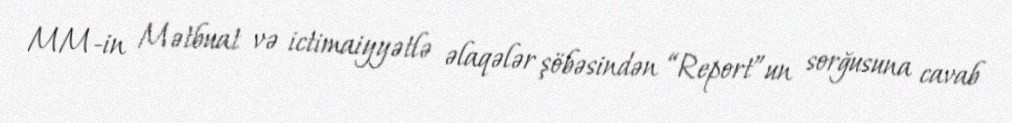
MM-in Mətbuat və ictimaiyyətlə əlaqələr şöbəsindən “Report”un sorğusuna cavab